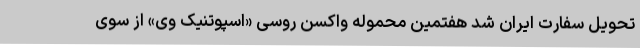
تحویل سفارت ایران شد هفتمین محموله واکسن روسی «اسپوتنیک وی» از سوی